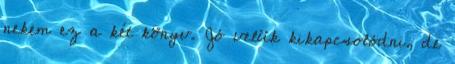
nekem ez a két könyv. Jó velük kikapcsolódni, de